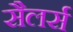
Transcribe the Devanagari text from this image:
सैलर्स